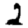
Digit: 2